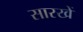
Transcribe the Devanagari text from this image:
सारखें